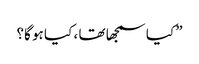
” کیا سمجھا تھا ، کیا ہو گا؟